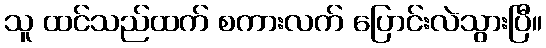
သူ ထင်သည်ထက် စကားလက် ပြောင်းလဲသွားပြီ။